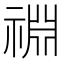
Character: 䄗